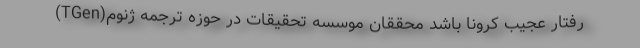
رفتار عجیب کرونا باشد محققان موسسه تحقیقات در حوزه ترجمه ژنوم(TGen)